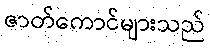
ဇာတ်ကောင်များသည်